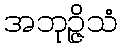
အဘုဉ္ဇိသံ